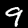
Label: 9